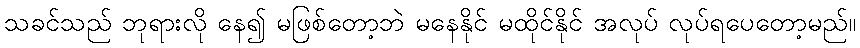
သခင်သည် ဘုရားလို နေ၍ မဖြစ်တော့ဘဲ မနေနိုင် မထိုင်နိုင် အလုပ် လုပ်ရပေတော့မည်။